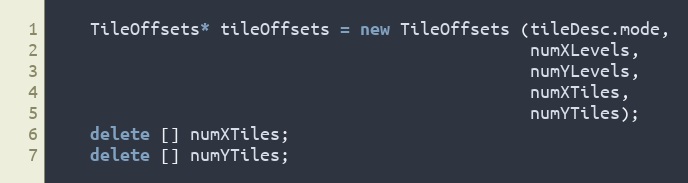
Language: C++
    TileOffsets* tileOffsets = new TileOffsets (tileDesc.mode,
                                                numXLevels,
                                                numYLevels,
                                                numXTiles,
                                                numYTiles);
    delete [] numXTiles;
    delete [] numYTiles;